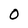
Character: 0